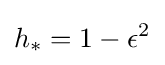
h_{*}=1-\epsilon ^{2}